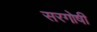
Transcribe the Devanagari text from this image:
सरगोषी